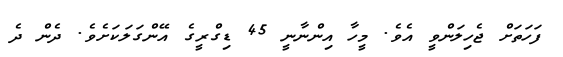
ފަހަތަށް ޖެހިލަންވީ އެވެ. މީހާ އިންނާނީ 45 ޑިގްރީގެ އޭންގަލަކަށެވެ. ދެން ދެ